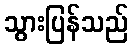
သွားပြန်သည်